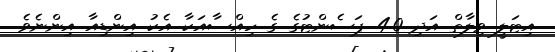
އިޓަލީ ވިލާތް އަދި 4.0 ޕަސެންޓުގެ ގެ ހިއްސާއަކާ އެކު އިންޑިއާ އިންނެވެ.